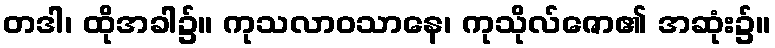
တဒါ၊ ထိုအခါ၌။ ကုသလာဝသာနေ၊ ကုသိုလ်ဇော၏ အဆုံး၌။